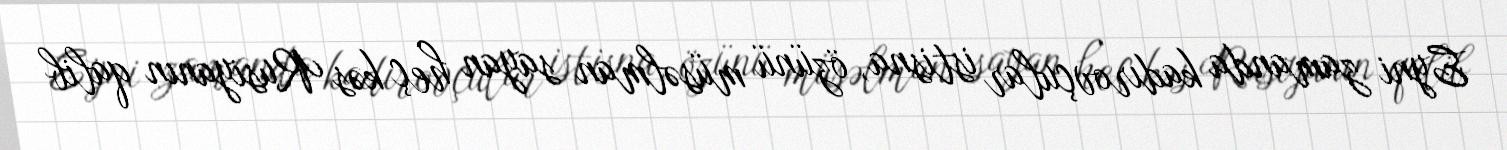
Eyni zamanda kadırovçular istisna, özünü müsəlman sayan heç kəs Rusiyanın qalib